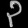
Digit: ၃